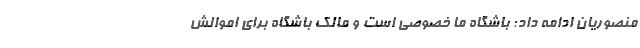
منصوریان ادامه داد: باشگاه ما خصوصی است و مالک باشگاه برای اموالش